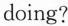
doing?